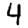
Digit: 4